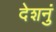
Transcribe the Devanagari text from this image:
देशनुं